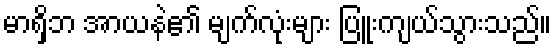
မာရှိဘ အာယနဲ၏ မျက်လုံးများ ပြူးကျယ်သွားသည်။